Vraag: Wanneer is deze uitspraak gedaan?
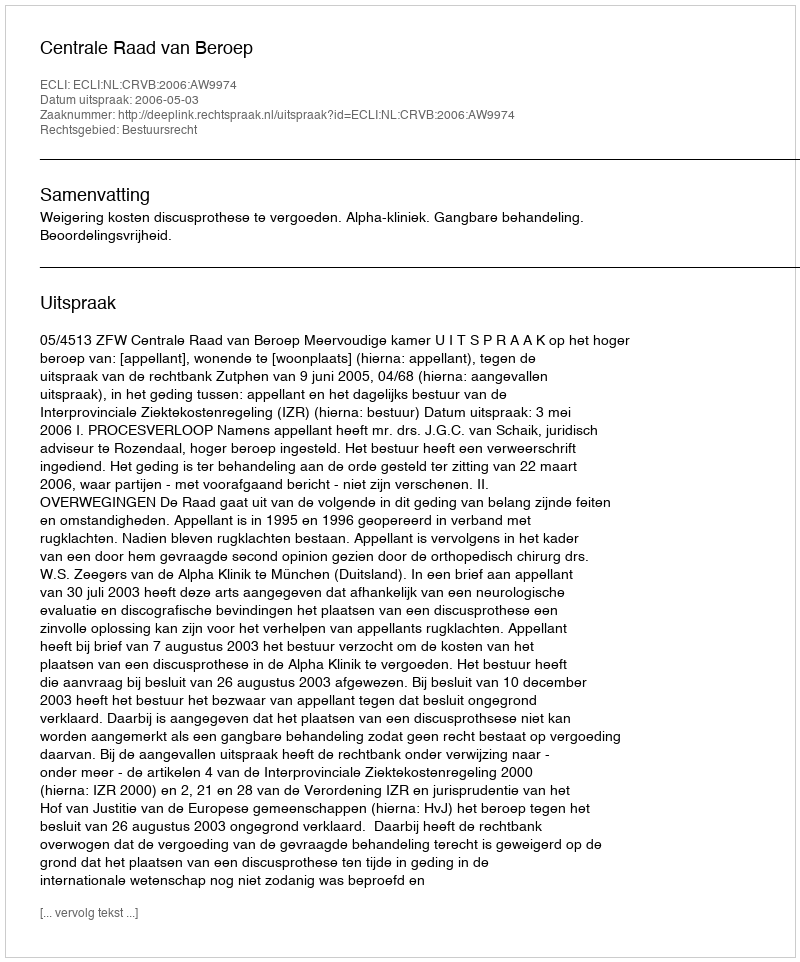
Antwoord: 2006-05-03